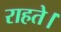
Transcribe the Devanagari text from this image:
राहते।